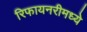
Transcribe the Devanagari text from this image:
रिफायनरीमध्ये